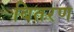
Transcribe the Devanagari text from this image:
बितरण